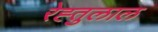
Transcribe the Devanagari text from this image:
रेह्तुलाल